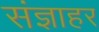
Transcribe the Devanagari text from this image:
संज्ञाहर